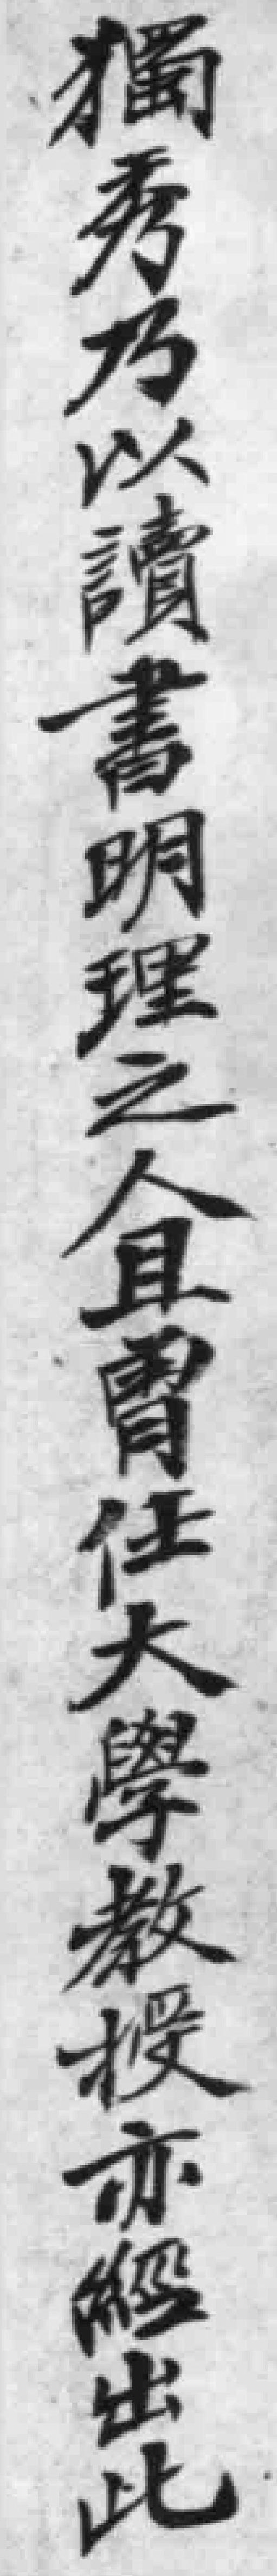
獨秀乃以讀書明理之人胃任大學教投亦解出此